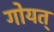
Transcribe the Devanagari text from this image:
गोयत्